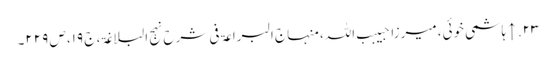
۲۳. ↑ ہاشمی خوئی، میرزا حبیبب اللہ، منہاج البراعۃ فی شرح نہج البلاغۃ، ج ۱۹، ص ۲۲۹۔